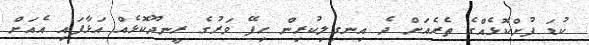
ކުޑަ ފުށްކޮޅެއްގެ ތެރެއަށް ދެ އިނގިލިކުރިން ހިފޭ ވަރުގެ ރީނދޫކޮޅެއް އަޅާފައި އެއަށް